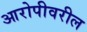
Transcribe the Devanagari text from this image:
आरोपीवरील